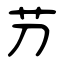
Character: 芀